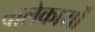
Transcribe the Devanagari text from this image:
वालेकार्यों